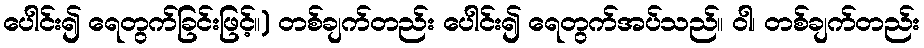
ပေါင်း၍ ရေတွက်ခြင်းဖြင့်။) တစ်ချက်တည်း ပေါင်း၍ ရေတွက်အပ်သည်။ ဝါ၊ တစ်ချက်တည်း